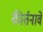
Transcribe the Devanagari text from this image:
कीर्तनावे